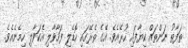
ތަފާތު ނަންތައް ކިޔާފައި ހުރެއެވެ. އޭގެ ތެރޭގައި ހޮޑެލި ފަހާވާލި އެކަވާލި ހިމެނެއެވެ.